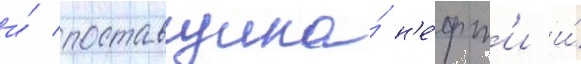
и́ поставщика́ н'е́фт'и и́